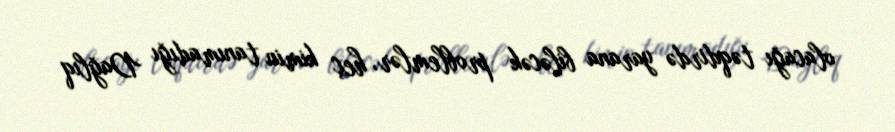
olacağı təqdirdə yarana biləcək problemlər, heç kimin tanımadığı Dağlıq